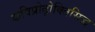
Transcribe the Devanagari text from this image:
कविप्रोढ़ोक्तिसिद्ध